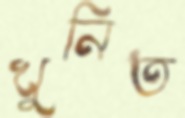
খুনিত